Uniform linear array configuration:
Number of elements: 4
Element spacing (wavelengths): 0.5
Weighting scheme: hamming
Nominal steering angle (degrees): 15
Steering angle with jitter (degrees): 16.833
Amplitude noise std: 0.05
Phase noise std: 0.05

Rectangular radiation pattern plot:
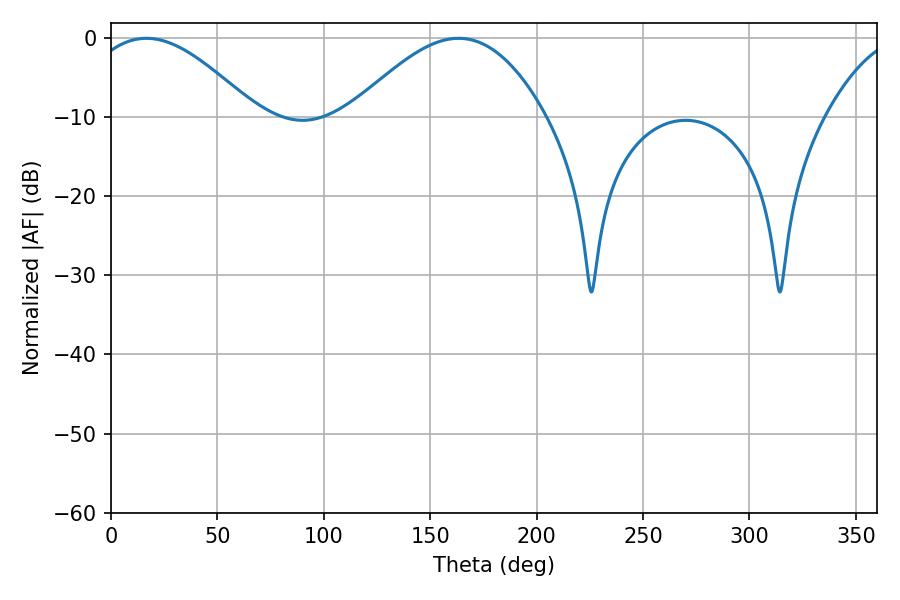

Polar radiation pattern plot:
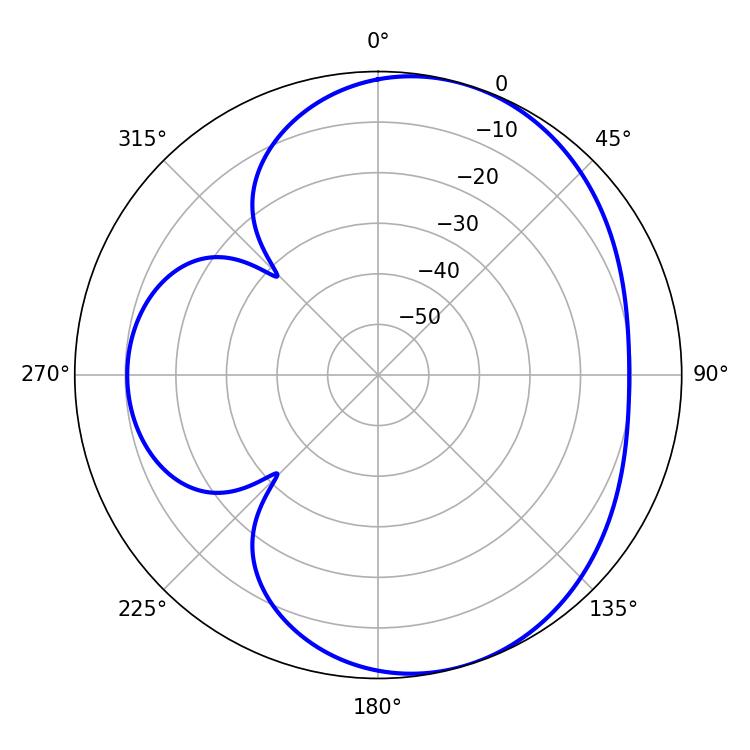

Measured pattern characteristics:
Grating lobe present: FALSE
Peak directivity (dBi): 5.336
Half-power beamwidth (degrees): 43.2
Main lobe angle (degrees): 16.56